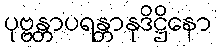
ပုဗ္ဗန္တာပရန္တာနုဒိဋ္ဌိနော